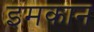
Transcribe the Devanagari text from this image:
इमकान